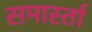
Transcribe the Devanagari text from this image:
समार्स्ता